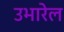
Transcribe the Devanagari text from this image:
उभारेल